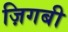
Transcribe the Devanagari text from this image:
ज़िगबी